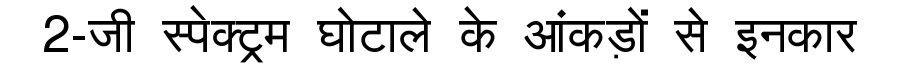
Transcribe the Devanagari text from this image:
2-जी स्पेक्ट्रम घोटाले के आंकड़ों से इनकार